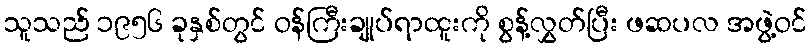
သူသည် ၁၉၅၆ ခုနှစ်တွင် ဝန်ကြီးချုပ်ရာထူးကို စွန့်လွှတ်ပြီး ဖဆပလ အဖွဲ့ဝင်